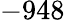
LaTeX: -948